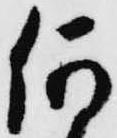
何